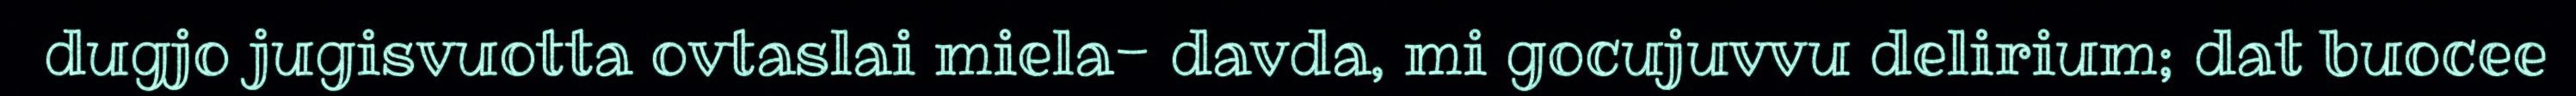
dugjo jugisvuotta ovtaslai miela- davda, mi gocujuvvu delirium; dat buocee